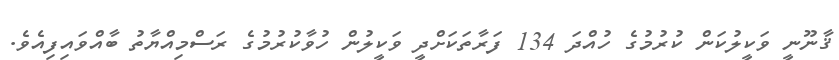
ޤާނޫނީ ވަކީލުކަން ކުރުމުގެ ހުއްދަ 134 ފަރާތަކަށްދީ ވަކީލުން ހުވާކުރުމުގެ ރަސްމިއްޔާތު ބާއްވައިފިއެވެ.